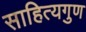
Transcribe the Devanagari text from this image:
साहित्यगुण